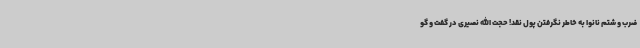
ضرب و شتم نانوا به خاطر نگرفتن پول نقد! حجت الله نصیری در گفت و گو